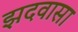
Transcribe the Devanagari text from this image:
झदवासा